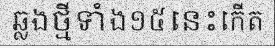
ឆ្លងថ្មីទាំង១៥នេះកើត